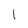
Character: l